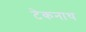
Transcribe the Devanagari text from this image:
टेकनाथ